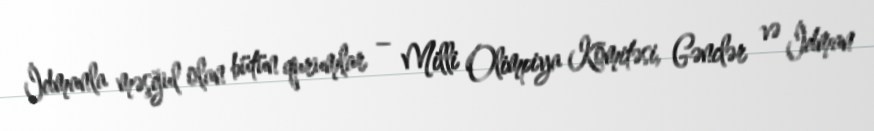
İdmanla məşğul olan bütün qurumlar – Milli Olimpiya Komitəsi, Gənclər və İdman